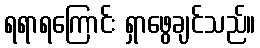
ရရာရကြောင်း ရှာဖွေချင်သည်။